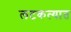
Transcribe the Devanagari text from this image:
लटकत्यात